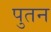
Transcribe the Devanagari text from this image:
पुतन